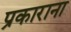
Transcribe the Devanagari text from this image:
प्रकाराना